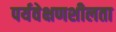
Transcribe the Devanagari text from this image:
पर्यवेक्षणशीलता